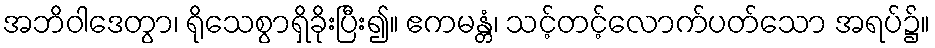
အဘိဝါဒေတွာ၊ ရိုသေစွာရှိခိုးပြီး၍။ ဧကမန္တံ၊ သင့်တင့်လောက်ပတ်သော အရပ်၌။